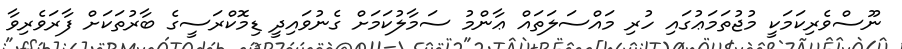
ނޫސްވެރިކަމަކީ މުޖުތަމަޢުގައި ހުރި މައްސަލަތައް ޢާންމު ސަމާލުކަމަށް ގެނުވައިދީ ޑިމޮކްރަސީގެ ބާރުތަކަށް ފާރަވެރިވާ